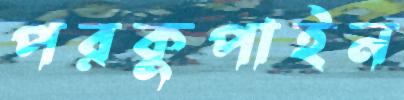
পরকুপাইন